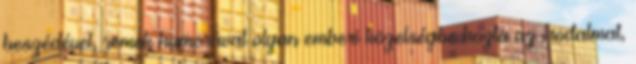
beszédével, remek humorával olyan emberi közelségbe hozta az irodalmat,